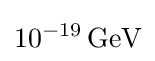
10^{-19}\,{\text{GeV}}